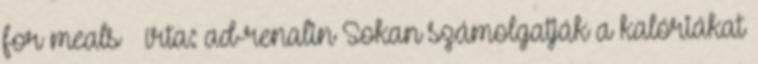
for meals – írta: ad-renalin Sokan számolgatják a kalóriákat